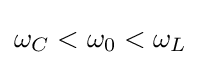
\omega _{C}<\omega _{0}<\omega _{L}